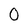
Character: 0